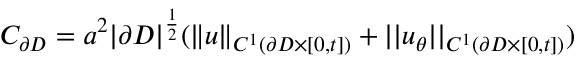
C _ { \partial D } = a ^ { 2 } | \partial D | ^ { \frac { 1 } { 2 } } ( \| u \| _ { C ^ { 1 } ( \partial D \times [ 0 , t ] ) } + | | u _ { \theta } | | _ { C ^ { 1 } ( \partial D \times [ 0 , t ] ) } )